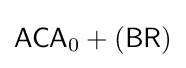
{\mathsf {ACA}}_{0}+({\mathsf {BR}})